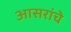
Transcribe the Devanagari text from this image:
आसरांचे